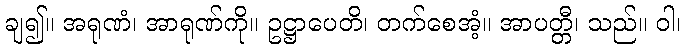
ချ၍။ အရုဏံ၊ အာရုဏ်ကို။ ဥဋ္ဌာပေတိ၊ တက်စေအံ့။ အာပတ္တီ၊ သည်။ ဝါ၊